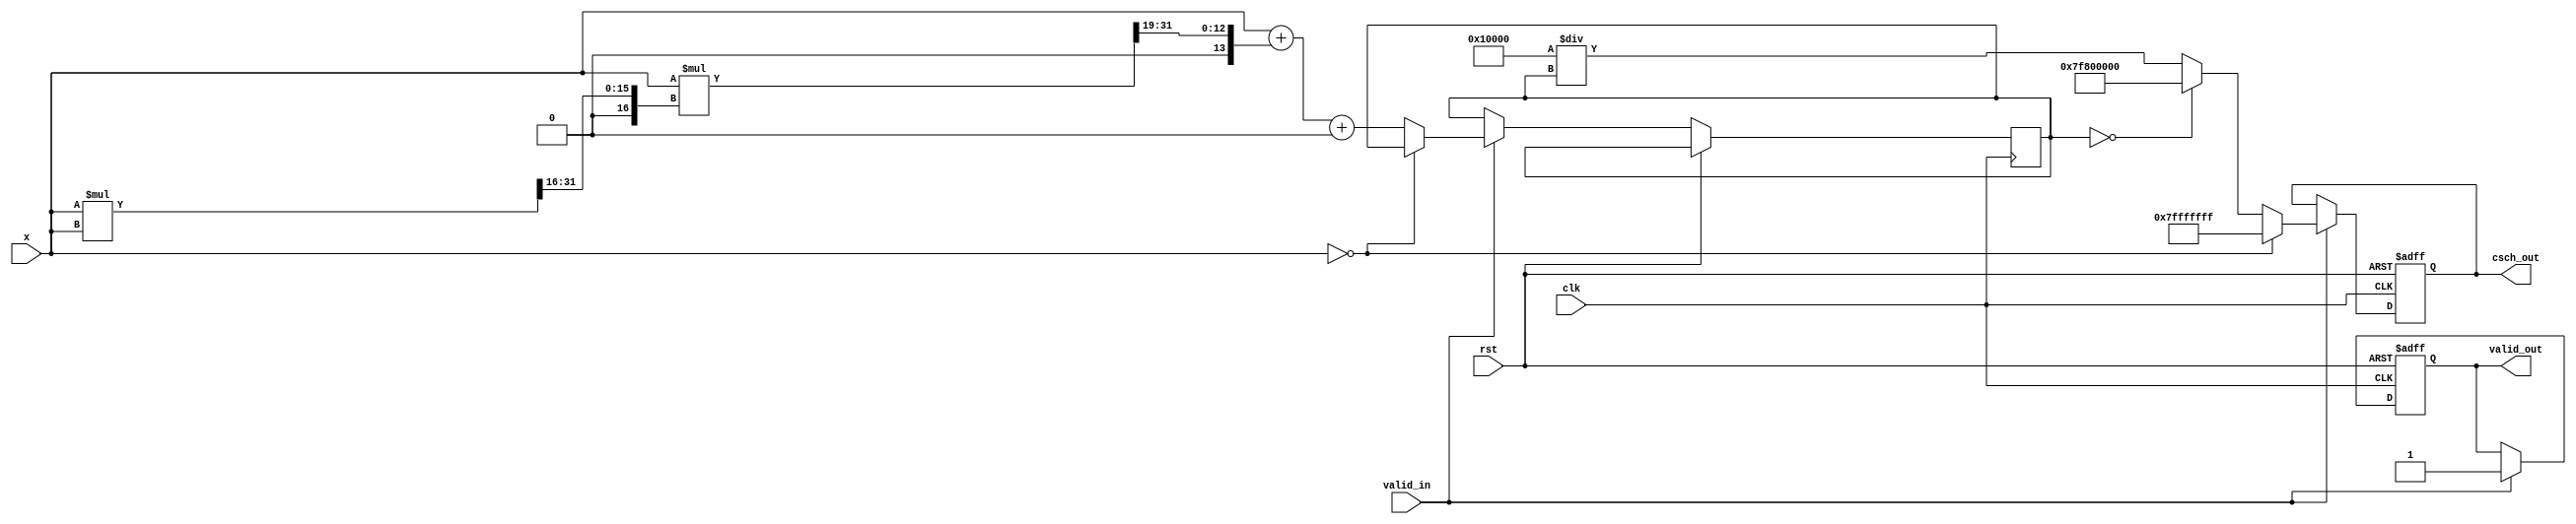
module csch_calculator(
    input wire clk,
    input wire rst,
    input wire valid_in,
    input wire signed [31:0] x,  // Input: Fixed-point representation (32-bit)
    output reg valid_out,
    output reg signed [31:0] csch_out // Output: Fixed-point representation (32-bit)
);

// Parameters for fixed-point representation
parameter FRACTIONAL_BITS = 16;
parameter EXPONENT_BITS = 16;

// Constants for special cases
localparam ZERO = 32'h00000000;
localparam OVERFLOW = 32'h7f800000; // Infinity
localparam NaN = 32'h7fffffff; // Not a Number

// Internal signals
reg signed [31:0] sinh_result;
reg signed [31:0] reciprocal_result;

// Function to compute sinh using polynomial approximation
function signed [31:0] sinh_approx(input signed [31:0] x);
    // Placeholder coefficients for polynomial approximation
    // Example: sinh(x)  x + (x^3 / 6) + (x^5 / 120)
    // This can be optimized with actual coefficients
    reg signed [31:0] x2, x3, x5;
    begin
        x2 = (x * x) >> FRACTIONAL_BITS; // x^2
        x3 = (x * x2) >> FRACTIONAL_BITS; // x^3
        x5 = (x3 * x2) >> (2 * FRACTIONAL_BITS); // x^5
        sinh_approx = x + (x3 >>> 3) + (x5 >>> 7); // Approximating with x + x^3/6 + x^5/120
    end
endfunction

// Function to compute reciprocal
function signed [31:0] reciprocal(input signed [31:0] y);
    // Simple division for fixed-point
    if (y == 0) begin
        reciprocal = OVERFLOW; // Return infinity
    end else begin
        reciprocal = (1 << FRACTIONAL_BITS) / y; // Fixed-point reciprocal
    end
endfunction

// Main process
always @(posedge clk or posedge rst) begin
    if (rst) begin
        valid_out <= 0;
        csch_out <= 0;
    end else if (valid_in) begin
        // Preprocessing: Check for special cases
        if (x == ZERO) begin
            csch_out <= NaN; // csch(0) is undefined
            valid_out <= 1;
        end else begin
            // Compute hyperbolic sine
            sinh_result <= sinh_approx(x);
            // Compute csch as the reciprocal of sinh
            csch_out <= reciprocal(sinh_result);
            valid_out <= 1;
        end
    end
end

endmodule